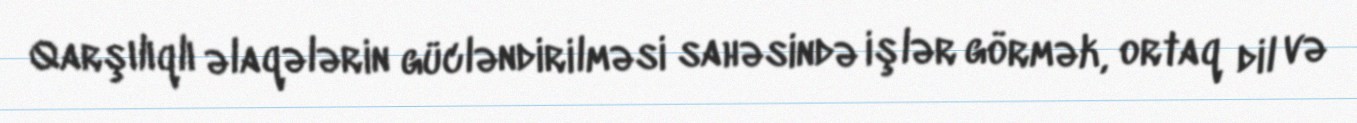
Qarşılıqlı əlaqələrin gücləndirilməsi sahəsində işlər görmək, ortaq dil və